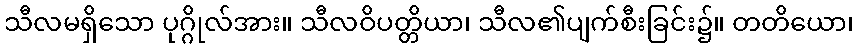
သီလမရှိသော ပုဂ္ဂိုလ်အား။ သီလဝိပတ္တိယာ၊ သီလ၏ပျက်စီးခြင်း၌။ တတိယော၊